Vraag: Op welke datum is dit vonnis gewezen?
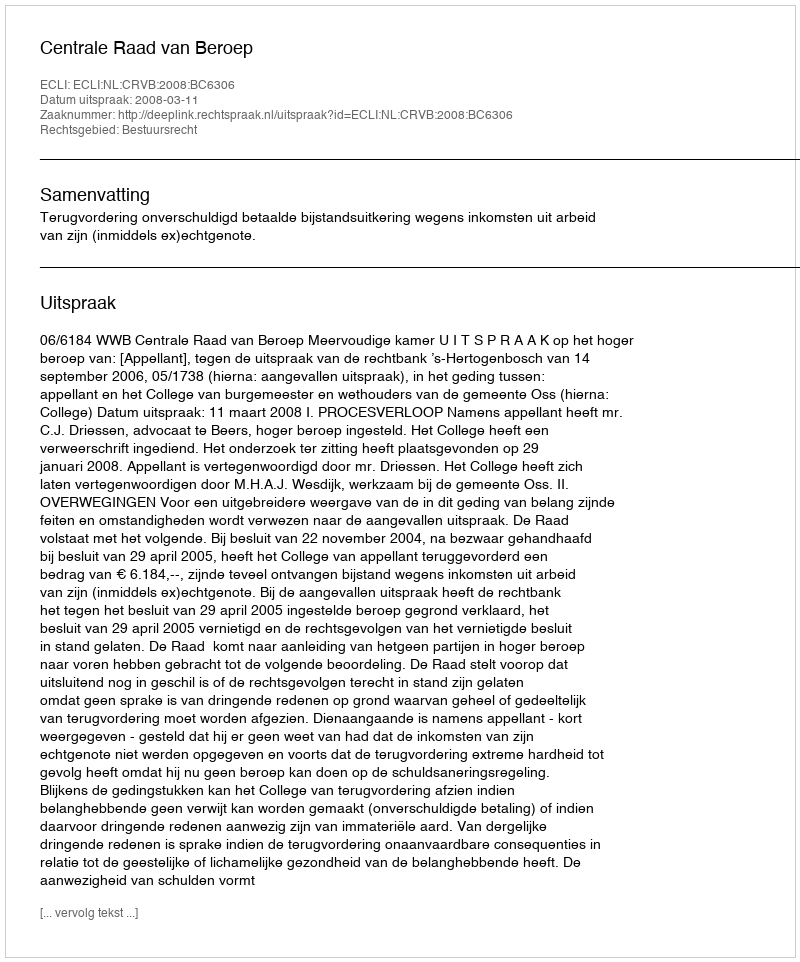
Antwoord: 2008-03-11